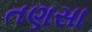
તણસા